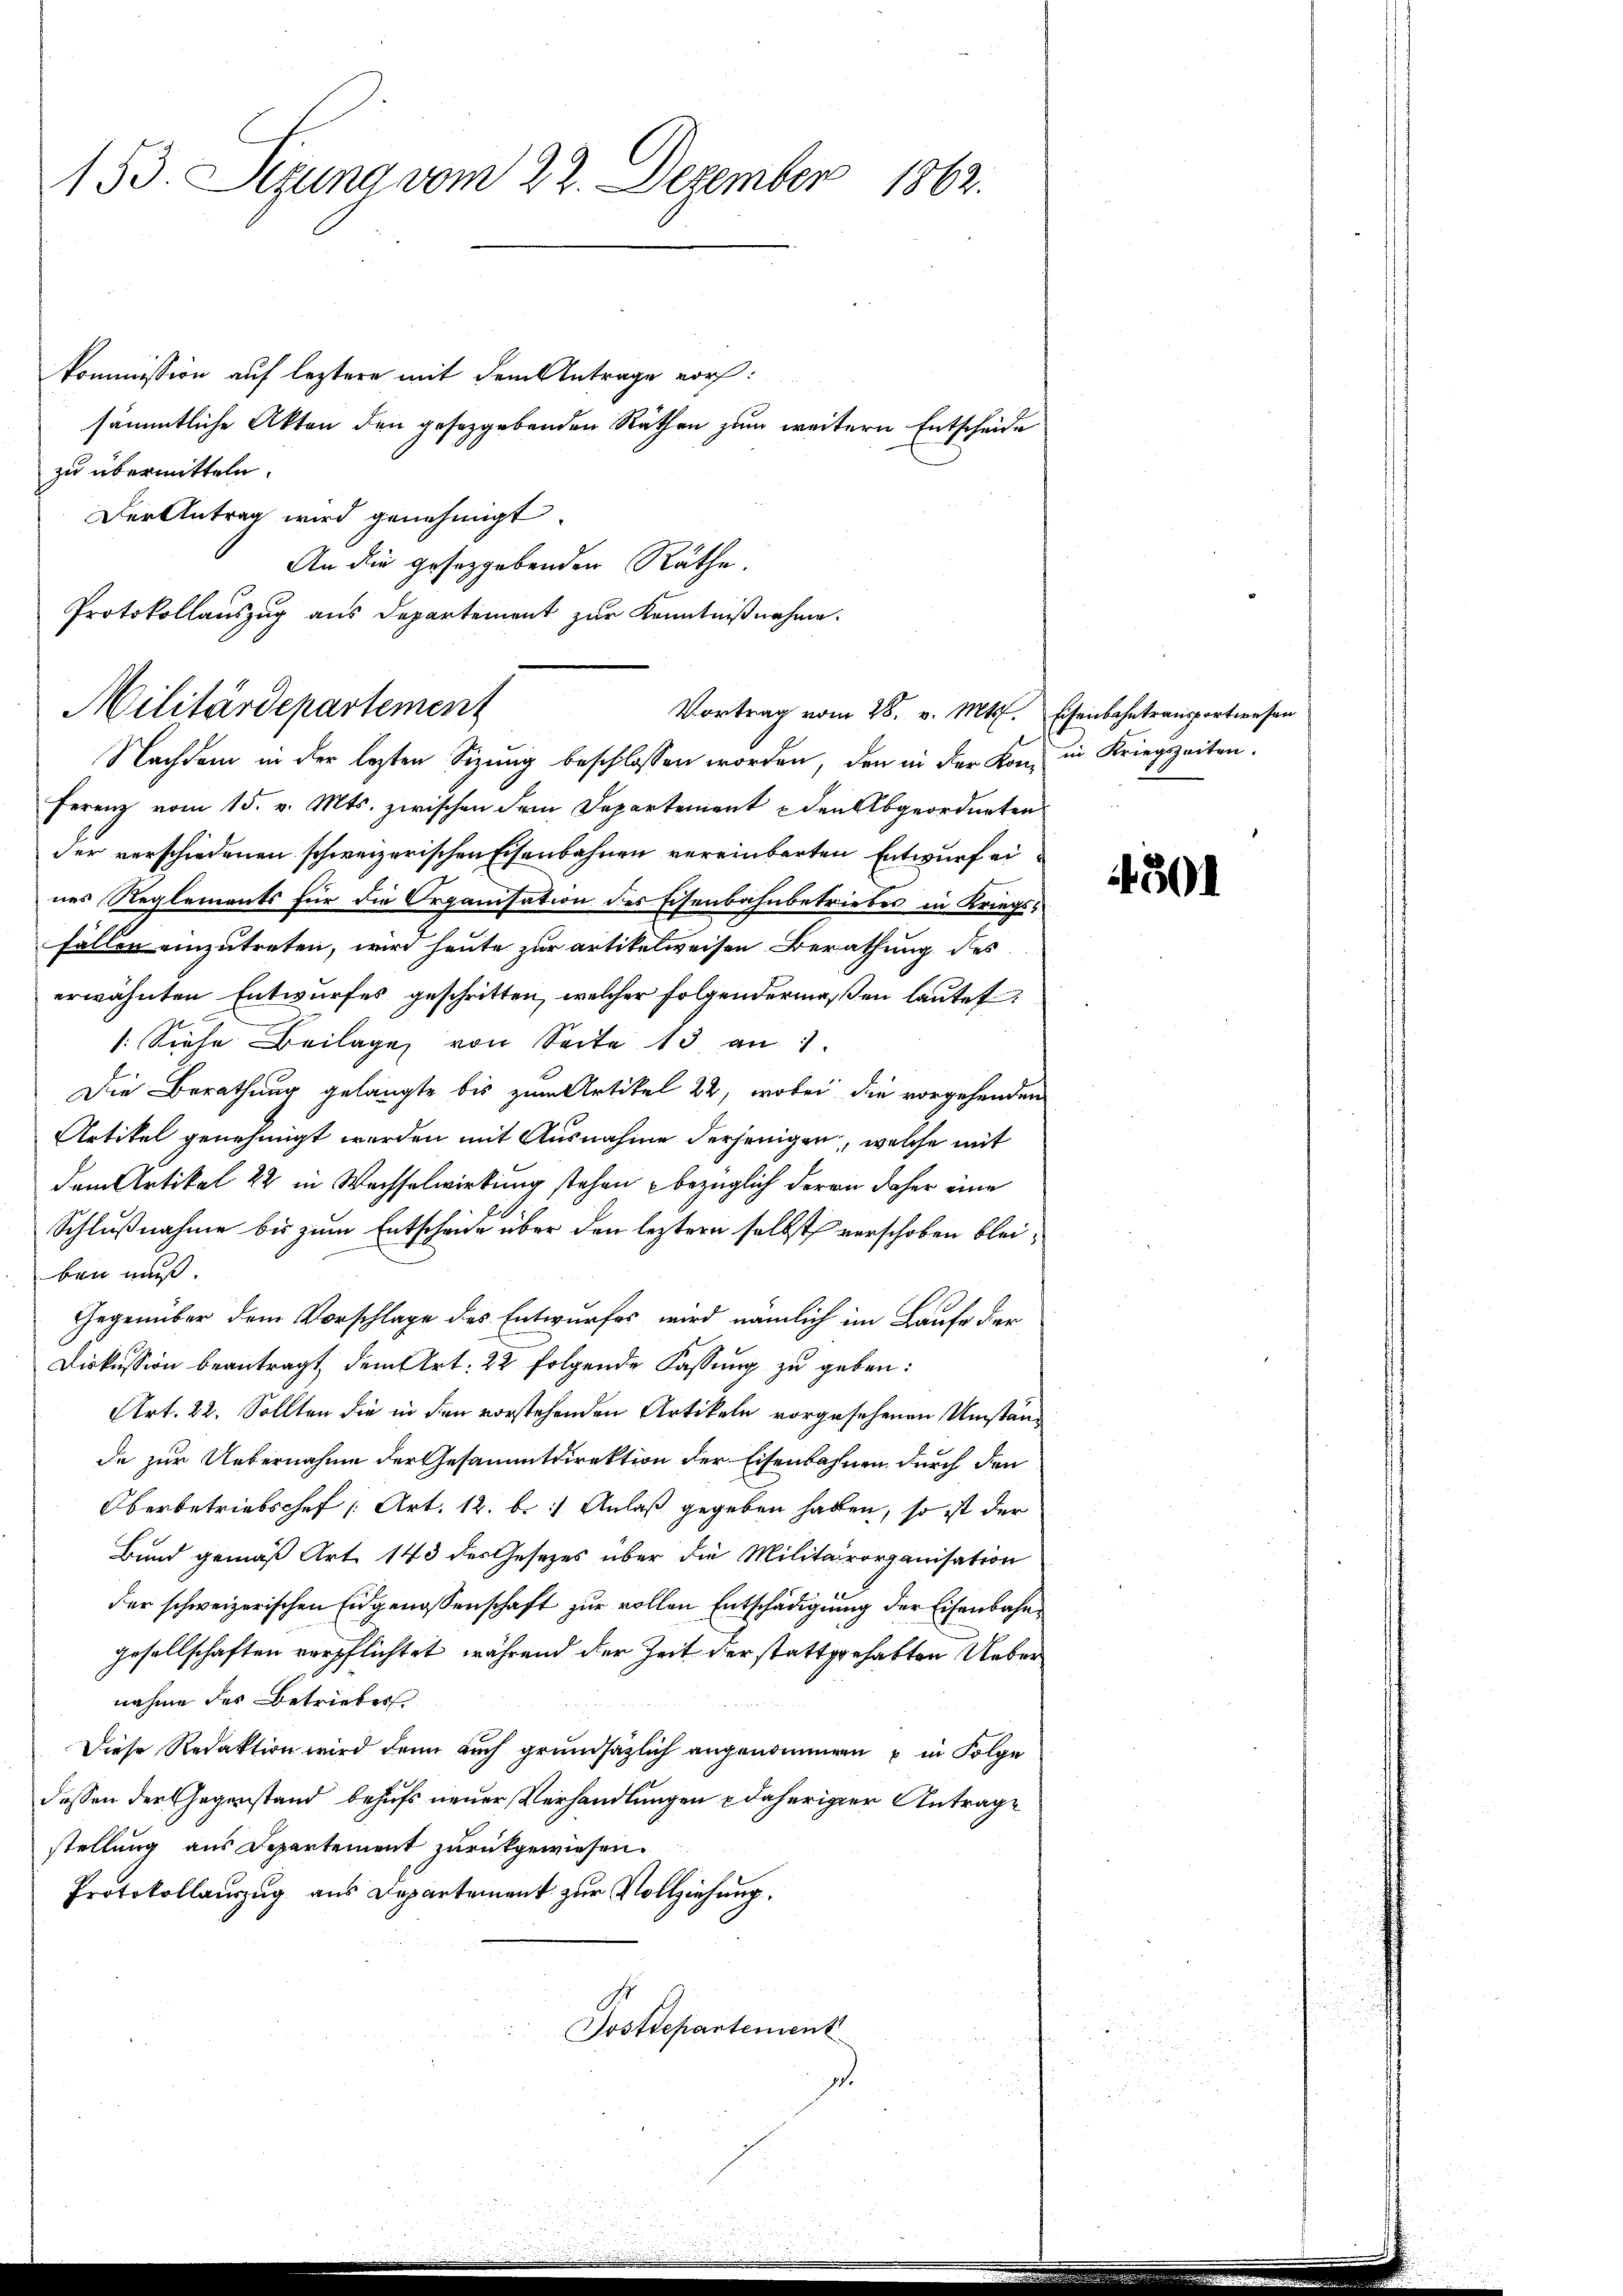
153. Sizung vom 22. Dezember 1862.

kommission auf leztere mit dem Antrage vor:
sämmtliche Akten den gesetzgebenden Räthen zum weitern Entscheide
zu übermitteln.
Der Antrag wird genehmigt
An die gesetzgebenden Räthe.
Protokollauszug aus Departement zur Kenntnißnahme.
Nachdem in der lezten Sizung beschlossen worden, den in der Kon in Kriegszeiten.
ferenz vom 15. v. Mts. zwischen dem Departement u den Abgeordneten
der verschiedenen schweizerischen Eisenbahnen vereinbarten Entwurf eines Reglements für die Organisation des Eisenbahnbetriebes in Kriegsfällen einzutreten, wird heute zur artikelweisen Berathung des
erwähnten Entwurfes geschritten, welcher folgendermaßen lautet:
/: Siehe Beilage von Seite 13 an 1.
Die Berathung gelangte bis zum Artikel 22, wobei die vorgehenden
Artikel genehmigt werden mit Ausnahme derjenigen, welche mit
dem Artikel 22 in Wechselwirkung stehen bezüglich deren daher eine
Schlußnahme bis zum Entscheide über den leztern selbst verschoben bleiben muß.
Gegenüber dem Vorschlage des Entwurfes wird nämlich im Laufe der
Diskussion beantragt, dem Art. 22 folgende Fassung zu geben:
Art. 22. Sollten die in den vorstehenden Artikeln vorgesehenen Umstände zur Uebernahme der Gesammtdirektion der Eisenbahnen durch den
Oberbetriebschef [Art. 12. b.) Anlaß gegeben haben, so ist der
Bund gemäß Art. 143 des Gesezes über die Militärorganisation
der schweizerischen Eidgenossenschaft zur vollen Entschädigung der Eisenbahngesellschaften verpflichtet, während der Zeit der stattgehabten Ueber
nahme des Betriebes
Diese Redaktion wird dann auch grundsätzlich angenommen u in Folge
dessen der Gegenstand behufs neuer Verhandlungen daheriger Antrage
stellung aus Departement zurückgewiesen.
Protokollauszug aus Departement zur Vollziehung.
Postdepartement
.

Militärdepartement

Vortrag vom 28. v. Mts. Eisenbahntransportwesen

4501